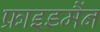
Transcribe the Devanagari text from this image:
फ्राइडमैंन